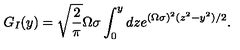
G _ { I } ( y ) = \sqrt { \frac { 2 } { \pi } } \Omega \sigma \int _ { 0 } ^ { y } d z e ^ { ( \Omega \sigma ) ^ { 2 } ( z ^ { 2 } - y ^ { 2 } ) / 2 } .